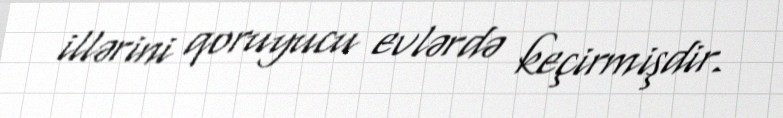
illərini qoruyucu evlərdə keçirmişdir.